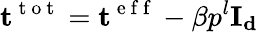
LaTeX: \mathbf{t}^{\mathrm{~t~o~t~}}=\mathbf{t}^{\mathrm{~e~f~f~}}-\beta p^{l}\mathbf{I_{d}}